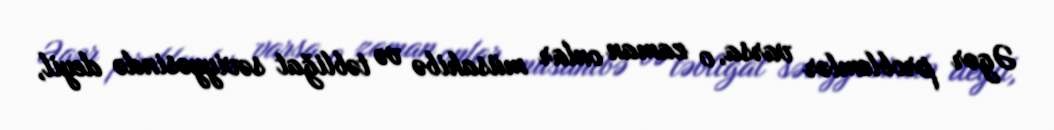
Əgər problemlər varsa, o zaman onlar müsahibə və təbliğat səviyyəsində deyil,